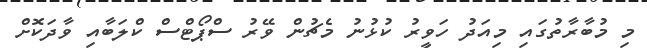
މި މުބާރާތުގައި މިއަދު ހަވީރު ކުޅުނު މެޗުން ވޭރު ސްޕޯޓްސް ކްލަބާއި ވާދަކޮށް